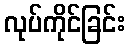
လုပ်ကိုင်ခြင်း